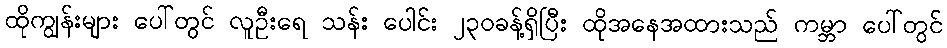
ထိုကျွန်းများ ပေါ်တွင် လူဦးရေ သန်း ပေါင်း ၂၃၀ခန့်ရှိပြီး ထိုအနေအထားသည် ကမ္ဘာ ပေါ်တွင်